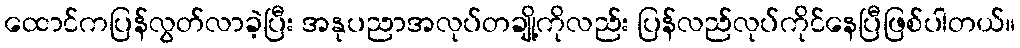
ထောင်ကပြန်လွတ်လာခဲ့ပြီး အနုပညာအလုပ်တချို့ကိုလည်း ပြန်လည်လုပ်ကိုင်နေပြီဖြစ်ပါတယ်။